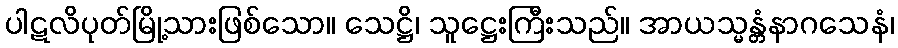
ပါဋလိပုတ်မြို့သားဖြစ်သော။ သေဋ္ဌိ၊ သူဋ္ဌေးကြီးသည်။ အာယသ္မန္တံနာဂသေနံ၊